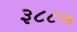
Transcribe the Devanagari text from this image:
३८८७